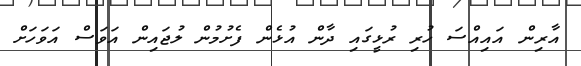
އާރިން އައިއްސަ ހުރި ރުޅީގައި ދާން އުޅެން ފެށުމުން ލުޖައިން އަވަސް އަވަހަށް